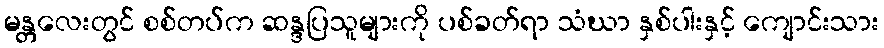
မန္တလေးတွင် စစ်တပ်က ဆန္ဒပြသူများကို ပစ်ခတ်ရာ သံဃာ နှစ်ပါးနှင့် ကျောင်းသား